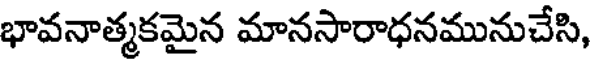
భావనాత్మకమైన మానసారాధనమునుచేసి,